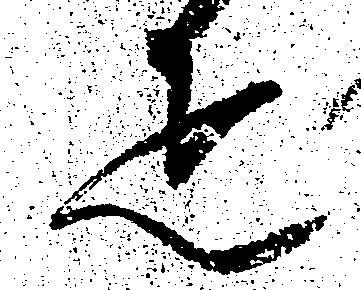
疋